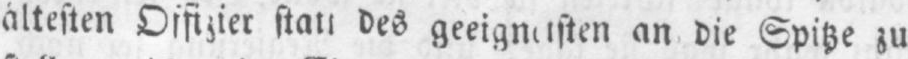
an die Spitze zu